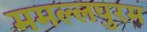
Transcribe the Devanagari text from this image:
ममल्लपुरम